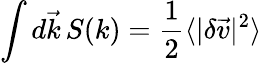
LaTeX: \int d\vec{k}\, S(k)=\frac{1}{2}\langle|\delta\vec{v}|^{2}\rangle